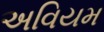
અવિયમ